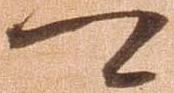
可